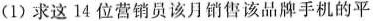
(1)求这14位营销员该月销售该品牌手机的平